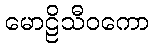
မောဠိသီဝကော